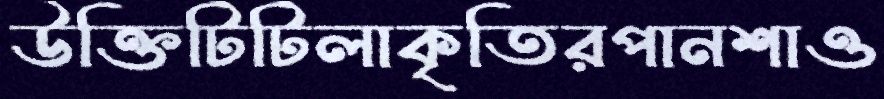
উক্তিটিটিলাকৃতিরপানশাও